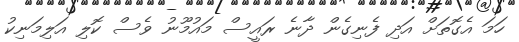
ހަމަ އެގޮތަށް އަދި ފެނިގެން ދާނެ ރައީސް މައުމޫނު ވެސް ކޮލި އަލިމަނިކު